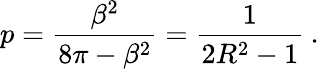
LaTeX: \displaystyle p=\frac{\beta^{2}}{8\pi-\beta^{2}}=\frac{1}{2R^{2}-1}\: .